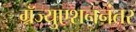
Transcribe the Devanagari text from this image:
ग्रॅज्युएशननंतर